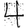
Digit: 4